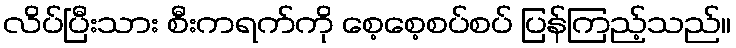
လိပ်ပြီးသား စီးကရက်ကို စေ့စေ့စပ်စပ် ပြန်ကြည့်သည်။